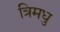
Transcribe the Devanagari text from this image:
त्रिमधु